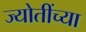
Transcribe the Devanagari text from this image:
ज्योतींच्या